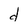
Character: d